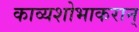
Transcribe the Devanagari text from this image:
काव्यशोभाकरान्